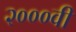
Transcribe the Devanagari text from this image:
२०००वीं